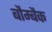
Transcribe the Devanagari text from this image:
बौम्बैक